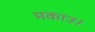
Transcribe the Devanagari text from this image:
मकाउ।